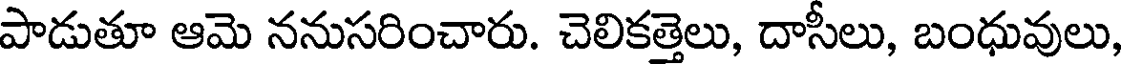
పాడుతూ ఆమె ననుసరించారు. చెలికత్తెలు, దాసీలు, బంధువులు,